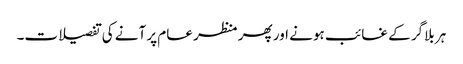
ہر بلاگر کے غائب ہونے اور پھر منظر عام پر آنے کی تفصیلات۔